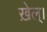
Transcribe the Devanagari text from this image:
ख़ेल्।